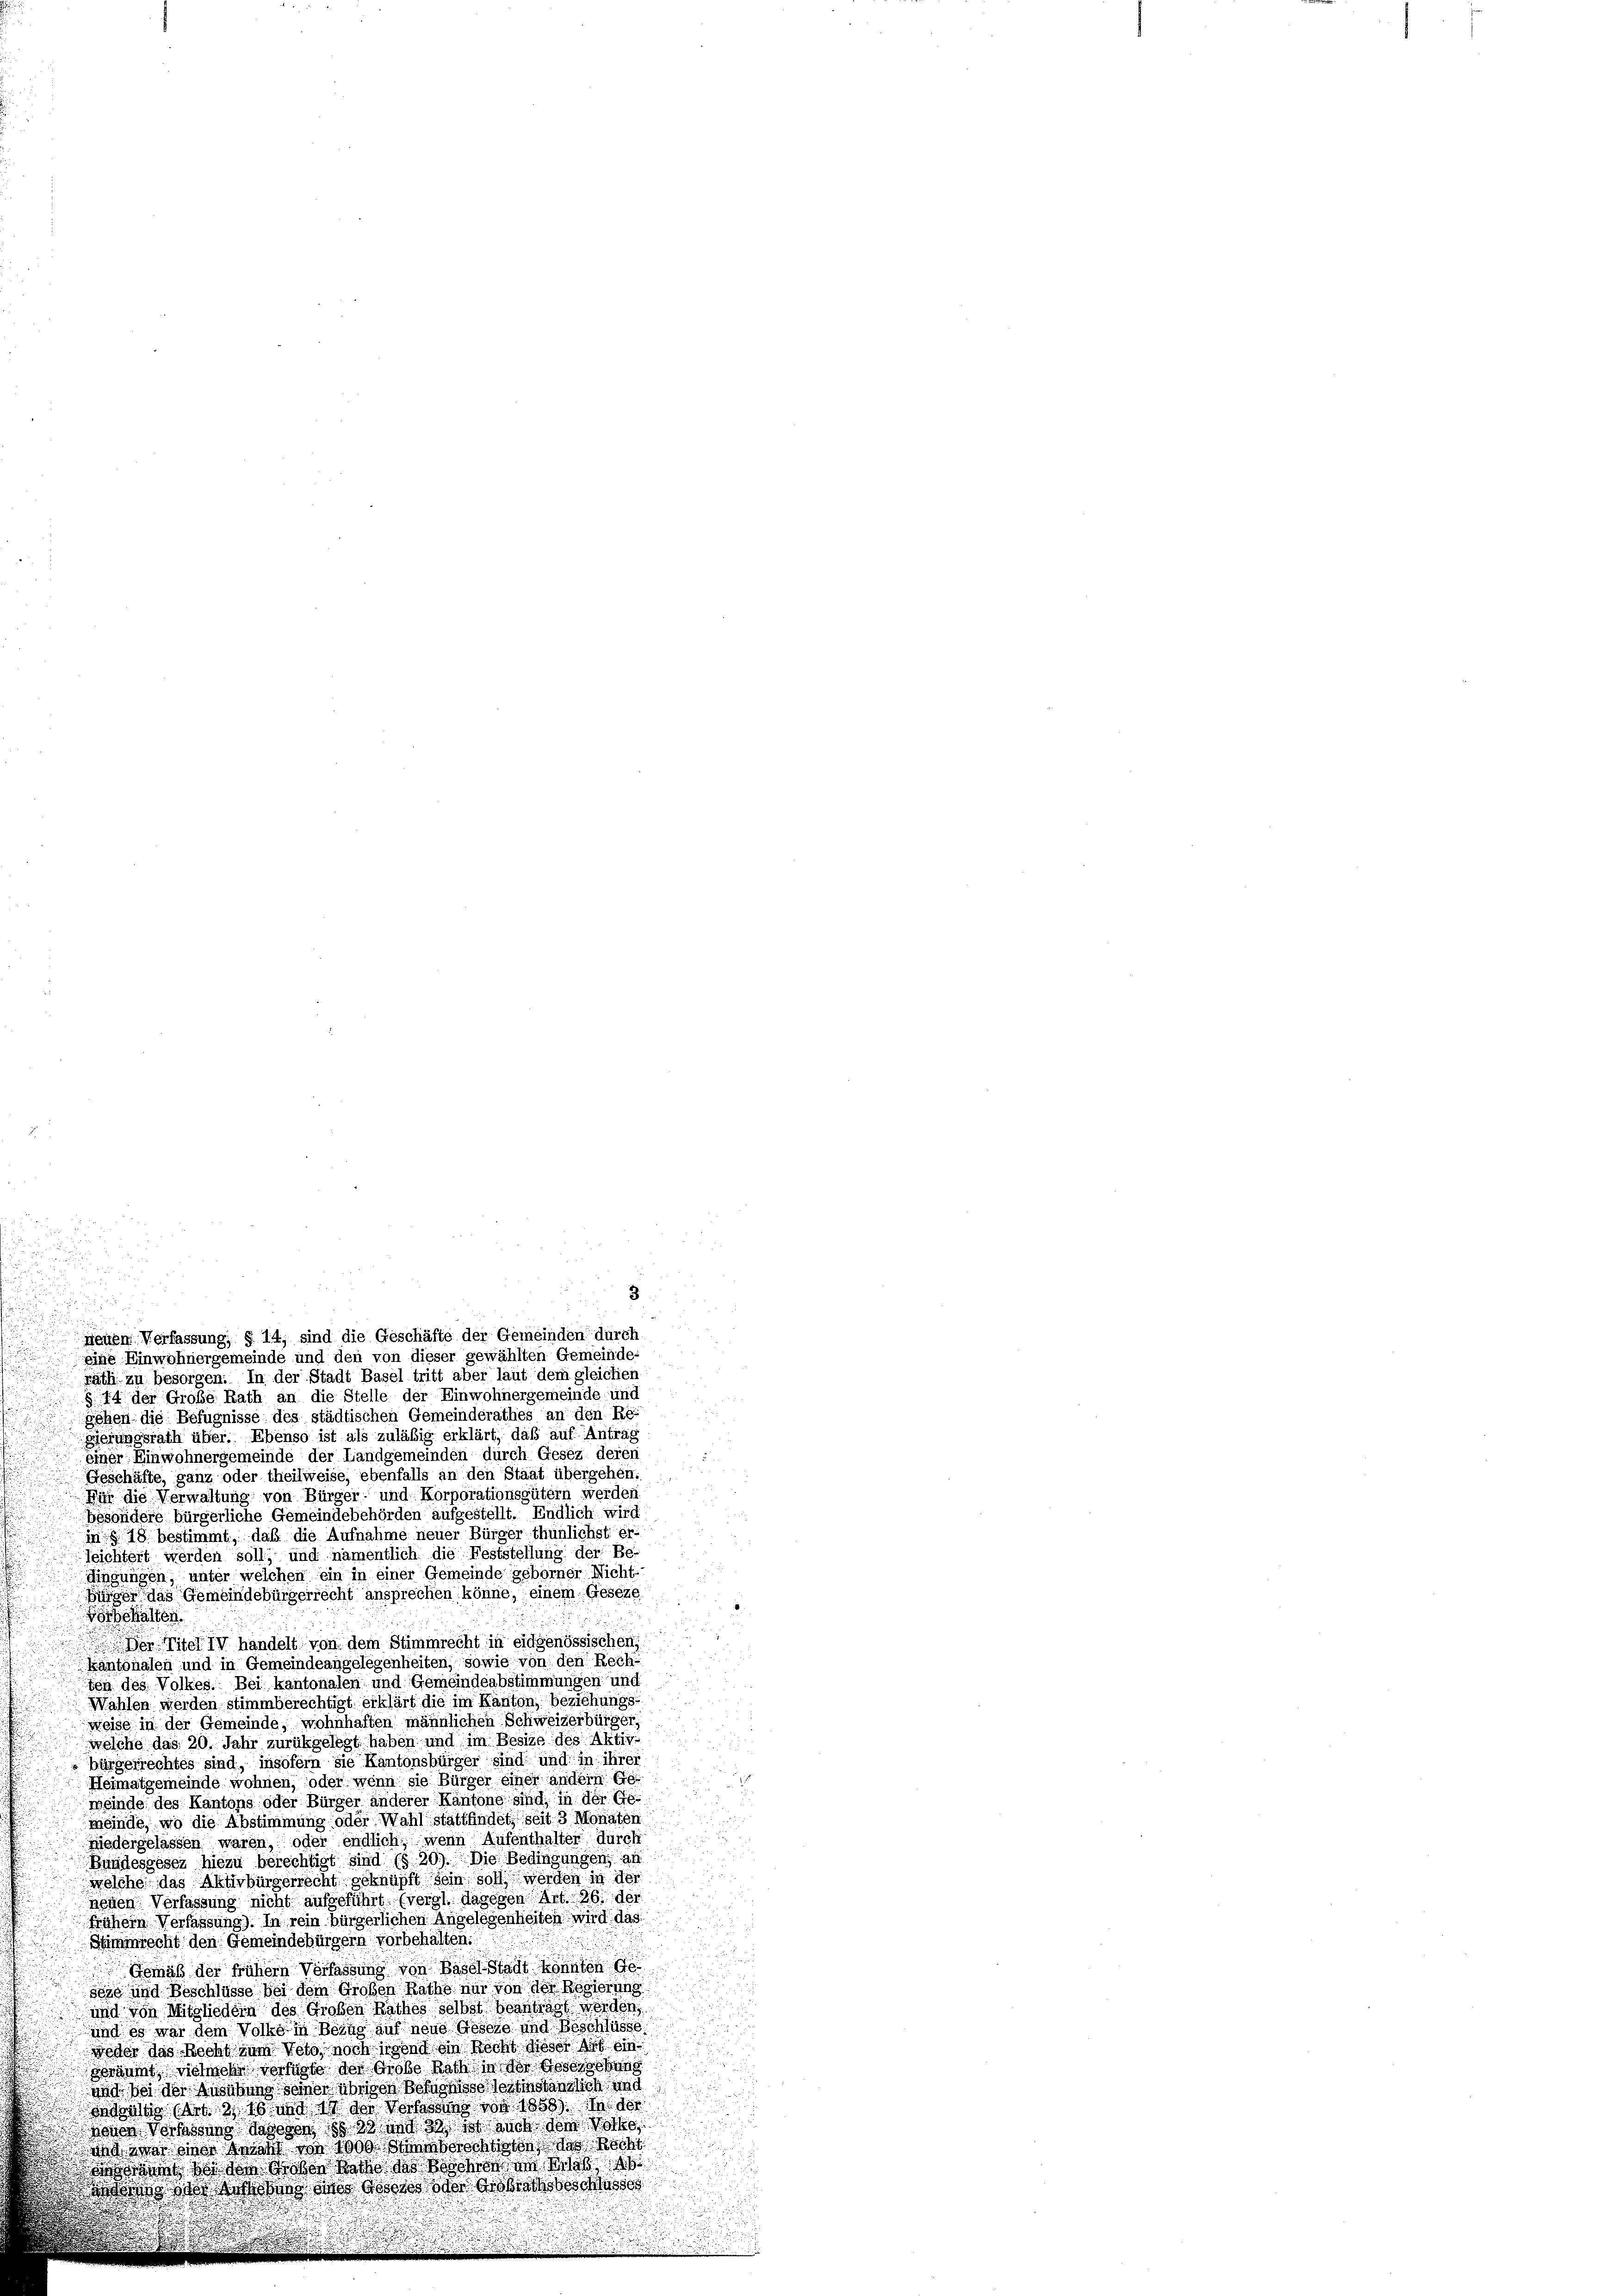
nenen Verfassung, § 14, sind die Geschäfte der Gemeinden durch

3
§ 44 der Große Rath an die Stelle der Einwohnergemeinde und
gehen die Befugnisse des städtischen Gemeinderathes an den Re-
gierungsrath über. Ebenso ist als zuläbig erklärt, daß auf Antrag
einer Einwohnergemeinde der Landgemeinden durch Gesez deren
Geschäfte, ganz oder theilweise, ebenfalls an den Staat übergehen.
Für die Verwaltung von Bürger- und Korporationsgütern werden
besondere bürgerliche Gemeindebehörden aufgestellt. Endlich wird
in § 18 bestimmt, daß die Aufnahme neuer Bürger thunlichster-
leichtert werden soll; und namentlich die Feststellung der Be-
g
dingungen, unter welchen ein in einer Gemeinde geborner Nicht-
fürger das Gemeindebürgerrecht ansprechen könne, einem Geseze
.
Vorbehalten.

 des Titeli handelt von dem Stimmrecht in eidgenössischen,
Kantonalen und in Gemeindeangelegenheiten, sowie von den Rechten des Volkes. Bei kantonalen und Gemeindeabstimmungen und
Wahlen werden stimmberechtigt erklärt die im Kanton, beziehungs-
weise in der Gemeinde, wohnhaften männlichen Schweizerbürger,
welche das 20. Jahr zurükgelegt haben und im Besize des Aktivbürgerrechtes sind, insofern sie Kantonsbürger sind und in ihrer
Heimatgemeinde wohnen, oder wenn sie Bürger einer andern Ge
meinde des Kantons oder Bürger anderer Kantone sind, in der Gemeinde, wo die Abstimmung oder Wahl stattfindet seit 3 Monaten
niedergelassen waren, oder endlich, wenn Aufenthalter durch
Bundesgesez hiezu berechtigt sind (§ 20). Die Bedingungen, an
welche das Aktivbürgerrecht geknüpft sein soll werden in der
neuen Verfassung nicht aufgeführt. (vergl. dagegen Art. 26. der
Frühern Verfassung). In rein bürgerlichen Angelegenheiten wird das
Himmrecht den Gemeindebürgern vorbehalten.
Gemäß der frühern Verfassung von Basel Stadt konnten ge
seze und Beschlüsse bei dem Großen Raths nur von der Regierung
und von Mitgliedern des Großen Rathes selbst beanträgt werden,
und es war dem Volke in Beine auf neue Gesetze und Beschlüsse
weder das Recht zum Veto, noch irgend in Recht dieser das ein
Boräumt vielmehr verfügte der Grobe Nach in der Gesetzung
vnd bei der Ausübung seiner übrigen Bern so seitinständlich und
dalis Art. 13116 und in der Vorlesens von 1858. In de
nenen Vorlassung dagegen es so und 30 auch der Not
wa ein einer geraht von 1000 Stimmberschwisten das Recht
 se dem Boten Nach das Roschon ein hab
ing der Wochens des Abstes der erstrats des casse

.
Eine Einwohnergemeinde und den von dieser gewählten Gemeinde-
räth zu besorgen. In der Stadt Basel tritt aber laut dem gleichen

.